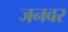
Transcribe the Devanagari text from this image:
जनवर